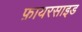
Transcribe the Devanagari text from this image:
फ़ायरसाइड